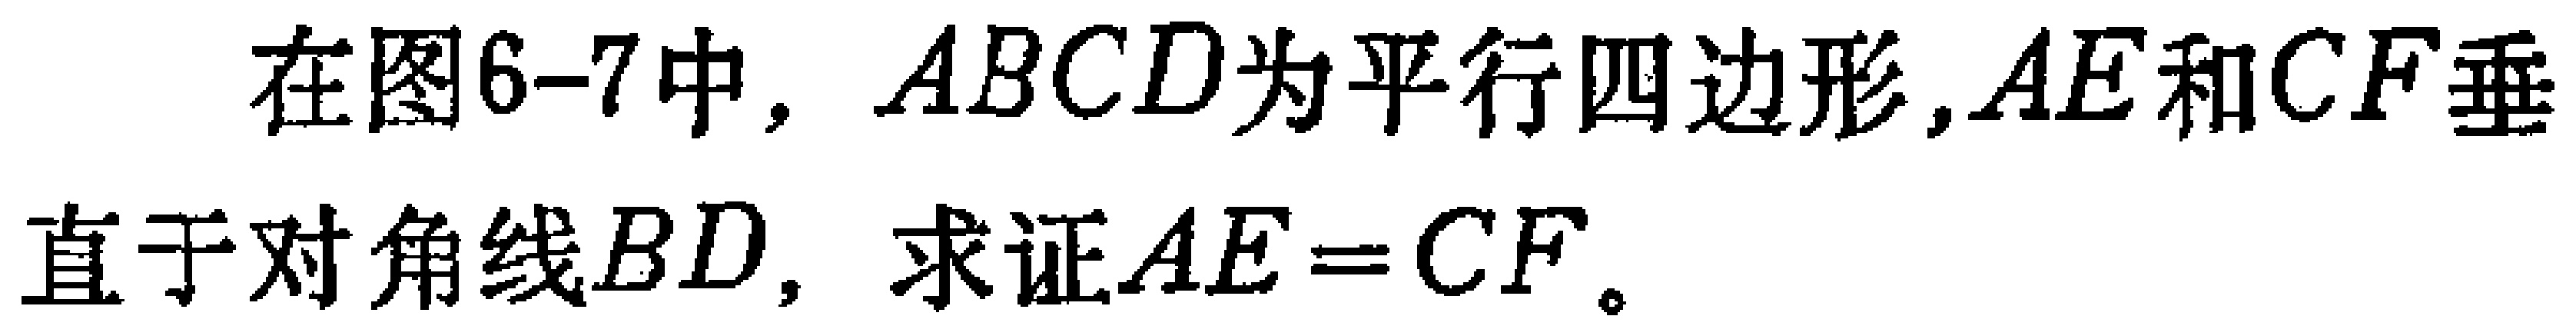
在图6-7中，$ABCD$为平行四边形，$AE$和$CF$垂直于对角线$BD$，求证$AE = CF$。